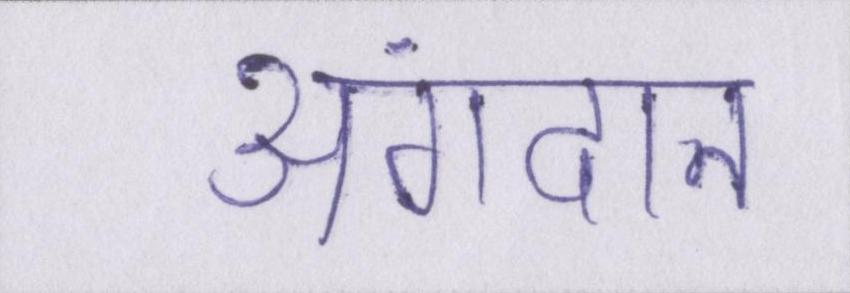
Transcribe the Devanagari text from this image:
अंगदान